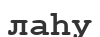
лаһу